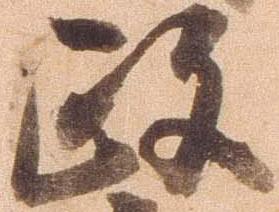
政